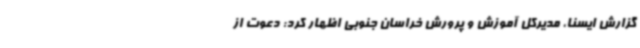
گزارش ایسنا، مدیرکل آموزش و پرورش خراسان جنوبی اظهار کرد: دعوت از